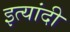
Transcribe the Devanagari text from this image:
इत्यांदी